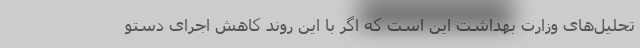
تحلیل‌های وزارت بهداشت این است که اگر با این روند کاهش اجرای دستو